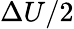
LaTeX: \Delta U/2